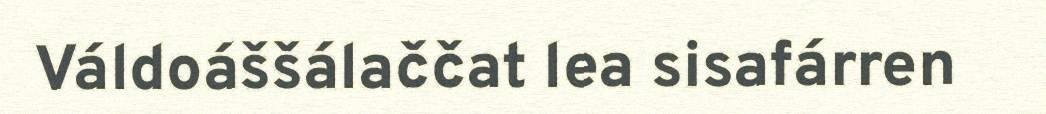
Váldoáššálaččat lea sisafárren